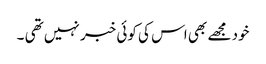
خود مجھے بھی اس کی کوئی خبر نہیں تھی ۔